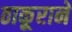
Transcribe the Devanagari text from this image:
ठाकूराने